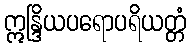
ဣန္ဒြိယပရောပရိယတ္တံ